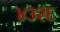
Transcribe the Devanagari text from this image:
४३२६